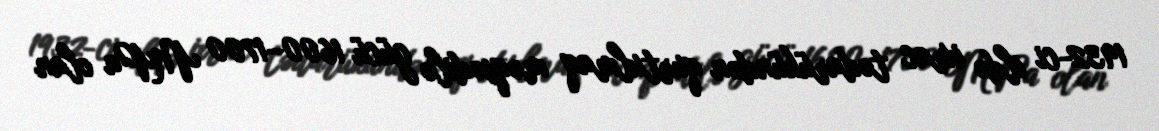
1932-ci ildə ixrac tədarükündən qurtulmaq məqsədilə gücü 1600–1700 MPa olan